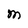
Character: M